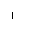
Letter: _alif